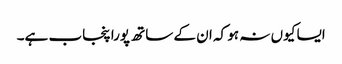
ایسا کیوں نہ ہو کہ ان کے ساتھ پورا پنجاب ہے۔